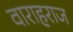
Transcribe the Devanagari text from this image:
वाराहराज